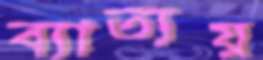
ব্যাত্যয়